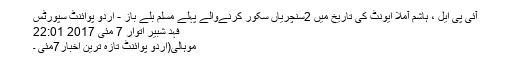
آئی پی ایل ، ہاشم آملا ایونٹ کی تاریخ میں 2سنچریاں سکور کرنےوالے پہلے مسلم بلے باز - اُردو پوائنٹ سپورٹس
فہد شبیر اتوار 7 مئی 2017 22:01
موہالی(اردو پوائنٹ تازہ ترین اخبار7مئی ۔